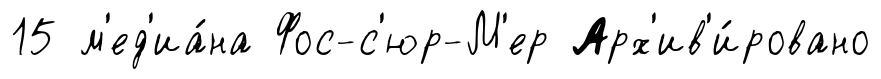
15 м'ед'иа́на Фос-с'юр-М'ер Арх'ив'и́ровано